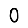
Digit: 0